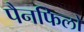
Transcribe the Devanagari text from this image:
पैनफिलो